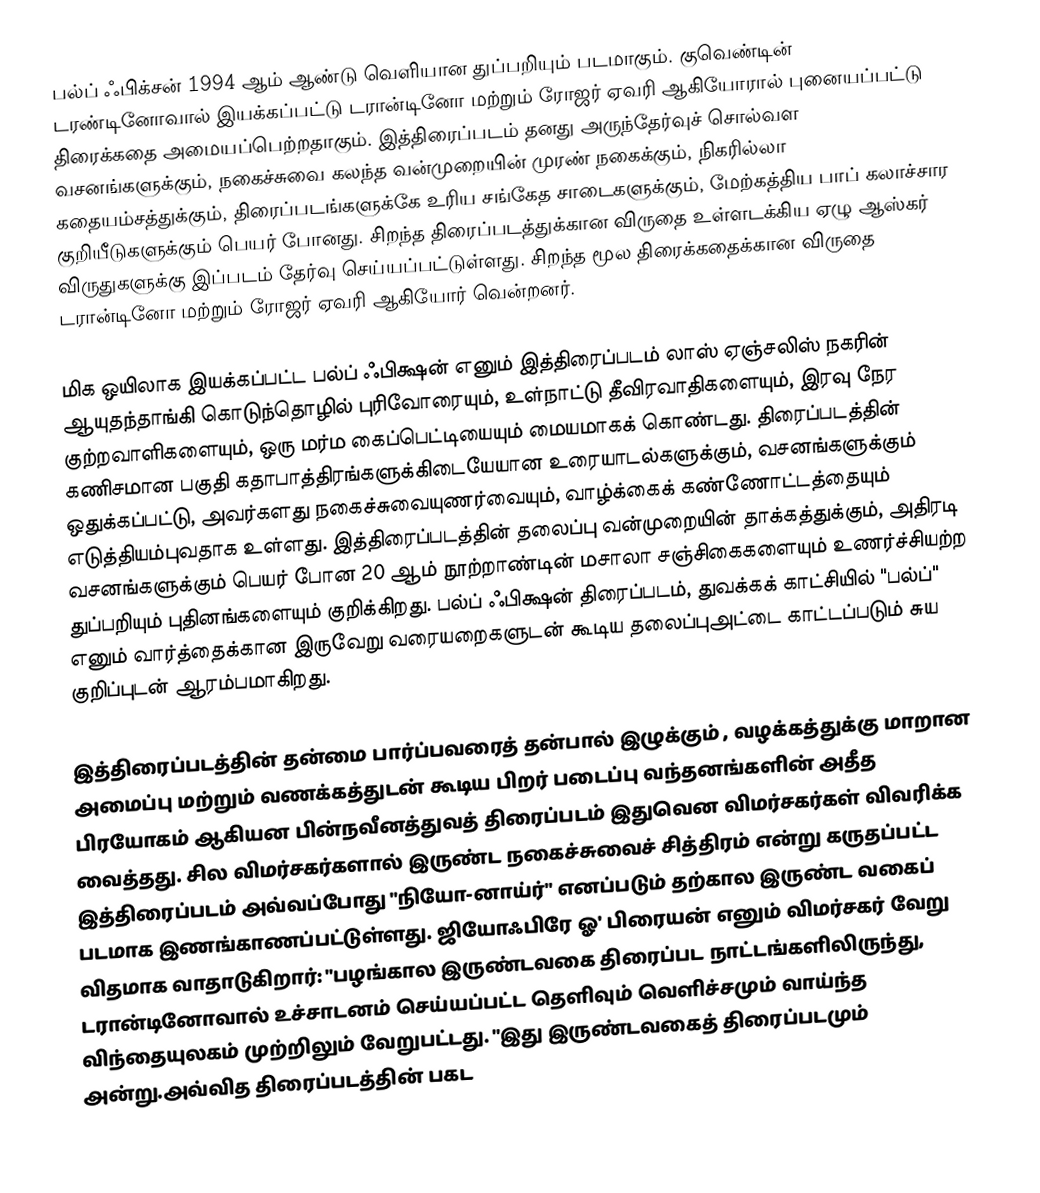
பல்ப் ஃபிக்சன்  1994 ஆம் ஆண்டு வெளியான துப்பறியும் படமாகும். குவெண்டின் டரண்டினோவால் இயக்கப்பட்டு டரான்டினோ மற்றும் ரோஜர் ஏவரி ஆகியோரால் புனையப்பட்டு திரைக்கதை அமையப்பெற்றதாகும். இத்திரைப்படம் தனது அருந்தேர்வுச் சொல்வள வசனங்களுக்கும், நகைச்சுவை கலந்த வன்முறையின் முரண் நகைக்கும், நிகரில்லா கதையம்சத்துக்கும், திரைப்படங்களுக்கே உரிய சங்கேத சாடைகளுக்கும், மேற்கத்திய பாப் கலாச்சார குறியீடுகளுக்கும் பெயர் போனது. சிறந்த திரைப்படத்துக்கான விருதை உள்ளடக்கிய ஏழு ஆஸ்கர் விருதுகளுக்கு இப்படம் தேர்வு செய்யப்பட்டுள்ளது. சிறந்த மூல திரைக்கதைக்கான விருதை டரான்டினோ மற்றும் ரோஜர் ஏவரி ஆகியோர் வென்றனர்.

மிக ஒயிலாக இயக்கப்பட்ட பல்ப் ஃபிக்ஷன்  எனும் இத்திரைப்படம் லாஸ் ஏஞ்சலிஸ் நகரின் ஆயுதந்தாங்கி கொடுந்தொழில் புரிவோரையும், உள்நாட்டு தீவிரவாதிகளையும், இரவு நேர குற்றவாளிகளையும், ஒரு மர்ம கைப்பெட்டியையும் மையமாகக் கொண்டது. திரைப்படத்தின் கணிசமான பகுதி கதாபாத்திரங்களுக்கிடையேயான உரையாடல்களுக்கும், வசனங்களுக்கும் ஒதுக்கப்பட்டு, அவர்களது நகைச்சுவையுணர்வையும், வாழ்க்கைக் கண்ணோட்டத்தையும் எடுத்தியம்புவதாக உள்ளது. இத்திரைப்படத்தின் தலைப்பு வன்முறையின் தாக்கத்துக்கும், அதிரடி வசனங்களுக்கும் பெயர் போன 20 ஆம் நூற்றாண்டின் மசாலா சஞ்சிகைகளையும் உணர்ச்சியற்ற துப்பறியும் புதினங்களையும் குறிக்கிறது. பல்ப் ஃபிக்ஷன்  திரைப்படம், துவக்கக் காட்சியில் "பல்ப்" எனும் வார்த்தைக்கான இருவேறு வரையறைகளுடன் கூடிய தலைப்புஅட்டை காட்டப்படும் சுய குறிப்புடன் ஆரம்பமாகிறது.

இத்திரைப்படத்தின் தன்மை பார்ப்பவரைத் தன்பால் இழுக்கும் , வழக்கத்துக்கு மாறான அமைப்பு மற்றும் வணக்கத்துடன் கூடிய பிறர் படைப்பு வந்தனங்களின் அதீத பிரயோகம் ஆகியன பின்நவீனத்துவத் திரைப்படம் இதுவென விமர்சகர்கள் விவரிக்க வைத்தது. சில விமர்சகர்களால் இருண்ட நகைச்சுவைச் சித்திரம் என்று கருதப்பட்ட இத்திரைப்படம் அவ்வப்போது "நியோ-னாய்ர்" எனப்படும் தற்கால இருண்ட வகைப் படமாக இணங்காணப்பட்டுள்ளது. ஜியோஃபிரே ஓ' பிரையன் எனும் விமர்சகர் வேறு விதமாக வாதாடுகிறார்: "பழங்கால இருண்டவகை திரைப்பட நாட்டங்களிலிருந்து, டரான்டினோவால் உச்சாடனம் செய்யப்பட்ட தெளிவும் வெளிச்சமும் வாய்ந்த விந்தையுலகம் முற்றிலும் வேறுபட்டது. "இது இருண்டவகைத் திரைப்படமும் அன்று.அவ்வித திரைப்படத்தின் பகட